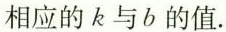
相应的k与b的值.